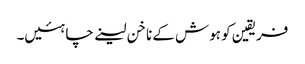
فریقین کو ہوش کے ناخن لینے چاہئیں۔